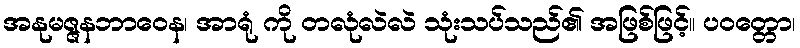
အနုမဇ္ဇနဘာဝေန၊ အာရုံ ကို တလုံလဲလဲ သုံးသပ်သည်၏ အဖြစ်ဖြင့်။ ပဝတ္တော၊